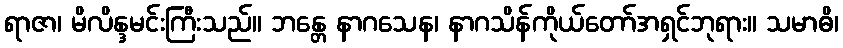
ရာဇာ၊ မိလိန္ဒမင်းကြီးသည်။ ဘန္တေ နာဂသေန၊ နာဂသိန်ကိုယ်တော်အရှင်ဘုရား။ သမာဓိ၊